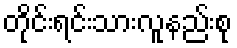
တိုင်းရင်းသားလူနည်းစု